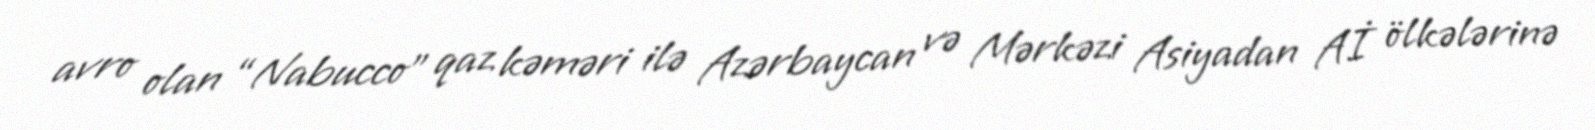
avro olan “Nabucco” qaz kəməri ilə Azərbaycan və Mərkəzi Asiyadan Aİ ölkələrinə